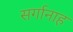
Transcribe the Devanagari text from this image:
सर्गानाह